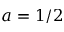
a = 1 / 2